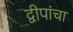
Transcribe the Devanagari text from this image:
द्वीपांचा